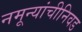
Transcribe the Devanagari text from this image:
नमून्यांचीनिवड